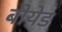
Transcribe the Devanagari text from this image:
बोयेड